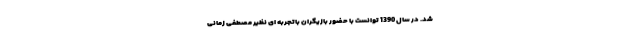
شد. در سال 1390 توانست با حضور بازیگران باتجربه ای نظیر مصطفی زمانی